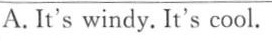
A. It's windy. It's cool.